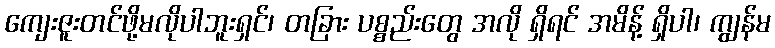
ကျေးဇူးတင်ဖို့မလိုပါဘူးရှင်၊ တခြား ပစ္စည်းတွေ အလို ရှိရင် အမိန့် ရှိပါ၊ ကျွန်မ